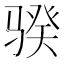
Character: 骙